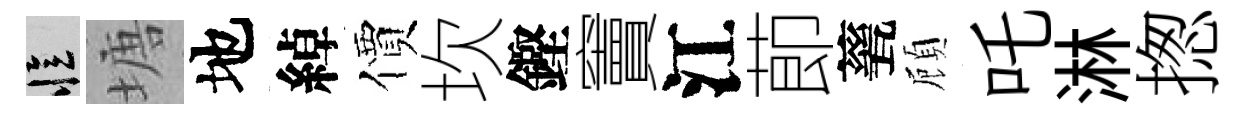
忆塘地綽價坎鏗竇江莭甆頋吒淋揔